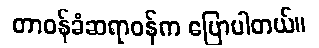
တာဝန်ခံဆရာဝန်က ပြောပါတယ်။